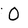
Character: 0